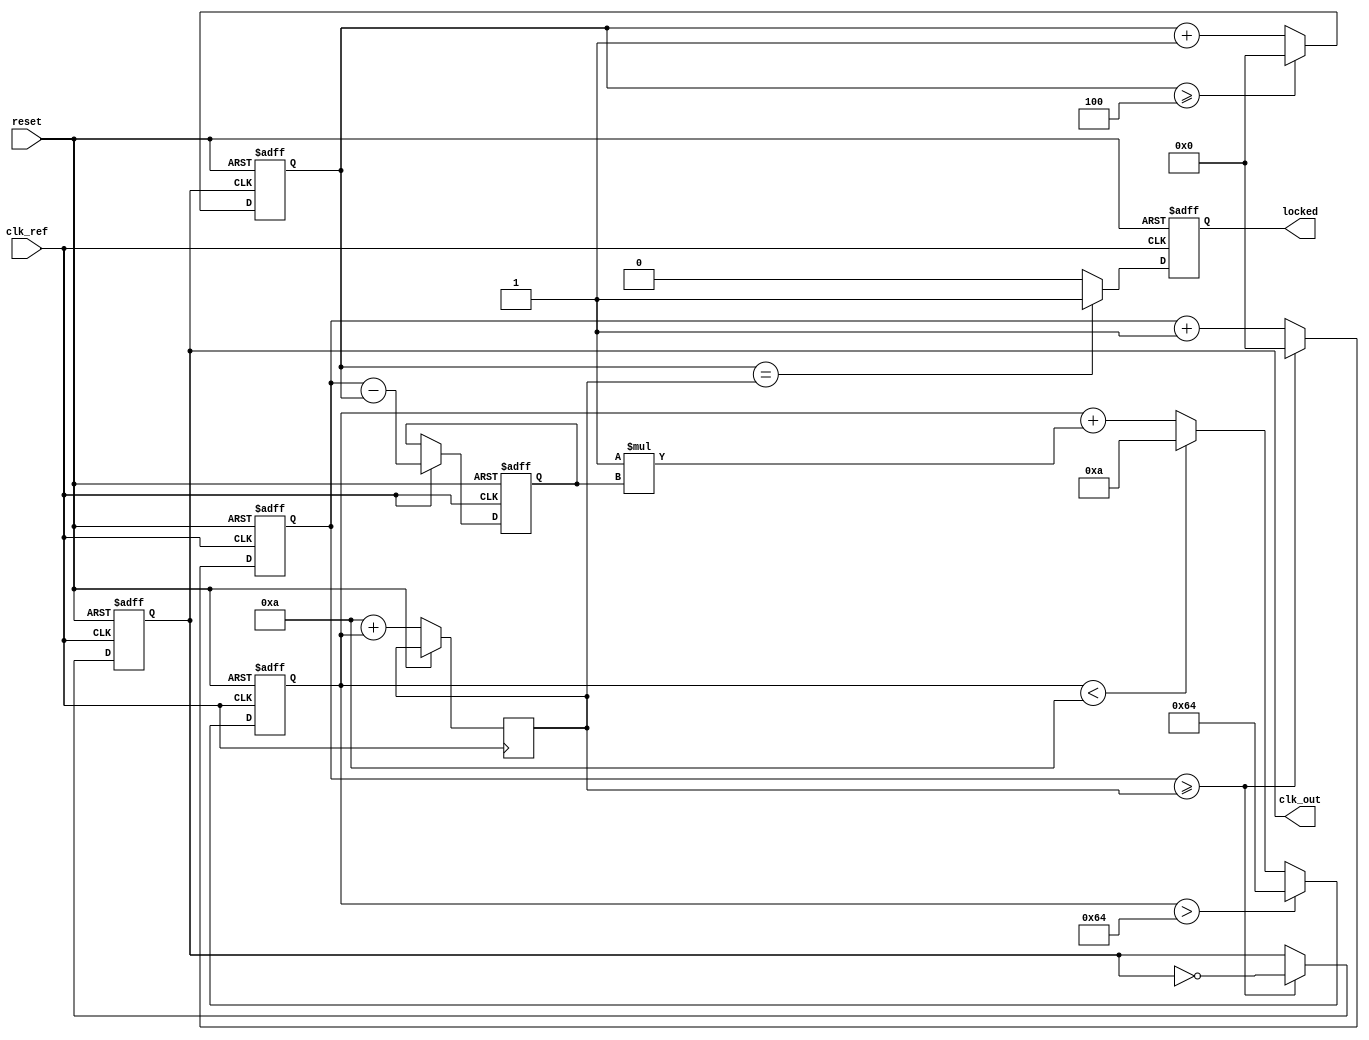
module PLL_Type2 (
    input wire clk_ref,        // Reference clock input
    input wire reset,          // Active high reset
    output reg clk_out,        // Output clock
    output reg locked          // PLL locked signal
);

// Parameters
parameter N = 4;              // Frequency division ratio
parameter Kp = 1;             // Proportional gain for PD
parameter Ki = 1;             // Integral gain for LF
parameter VCO_MAX = 100;      // Max frequency for VCO
parameter VCO_MIN = 10;       // Min frequency for VCO

// Internal Signals
reg [31:0] phase_error;       // Phase error signal from PD
reg [31:0] control_voltage;    // Control voltage to VCO
reg [31:0] vco_freq;           // VCO frequency
reg [31:0] feedback_div;       // Feedback divider counter
reg [31:0] vco_counter;        // Counter for VCO clock output

// Phase Detector (PD)
always @(posedge clk_ref or posedge reset) begin
    if (reset) begin
        phase_error <= 0;
    end else begin
        // Basic phase comparison for simplicity
        phase_error <= (clk_ref) ? (vco_counter - feedback_div) : phase_error;
    end
end

// Loop Filter (LF)
always @(posedge clk_ref or posedge reset) begin
    if (reset) begin
        control_voltage <= 0;
    end else begin
        control_voltage <= control_voltage + Kp * phase_error; // Proportional control
        // Simple integral control
        control_voltage <= control_voltage + Ki * phase_error; // Integral control
        
        // Limit the control voltage to max/min to set VCO frequency range
        if (control_voltage > VCO_MAX) control_voltage <= VCO_MAX;
        else if (control_voltage < VCO_MIN) control_voltage <= VCO_MIN;
    end
end

// Voltage-Controlled Oscillator (VCO)
always @(posedge clk_ref or posedge reset) begin
    if (reset) begin
        vco_counter <= 0;
        clk_out <= 0;
        locked <= 0;
    end else begin
        vco_freq <= VCO_MIN + control_voltage; // Control VCO frequency using control_voltage

        // Generate VCO clock output based on vco_freq
        if (vco_counter >= vco_freq) begin
            clk_out <= ~clk_out; // Toggle output clock
            vco_counter <= 0;     // Reset counter
        end else begin
            vco_counter <= vco_counter + 1; // Increment counter
        end
        
        // TODO: Implement locked logic based on feedback and phase comparison
        // (basic example checking if the output is approximately equal to input)
        if (feedback_div == vco_freq) begin
            locked <= 1; // PLL is locked
        end else begin
            locked <= 0;
        end
    end
end

// Frequency Divider (Feedback Path)
always @(posedge clk_out or posedge reset) begin
    if (reset) begin
        feedback_div <= 0;
    end else begin
        feedback_div <= feedback_div + 1;
        if (feedback_div >= N) begin
            feedback_div <= 0;
        end
    end
end

endmodule